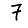
Digit: 7